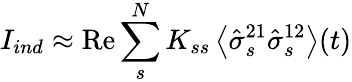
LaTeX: I_{ind}\approx\mathrm{Re}\sum_{s}^{N}K_{ss}\left\langle\hat{\sigma}_{s}^{21}\hat{\sigma}_{s}^{12}\right\rangle(t)